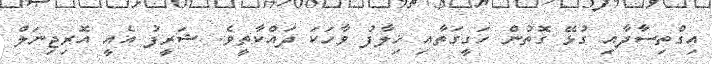
އިގްތިސާދާއި ގުޅޭ ގޮތުން ހަގީގަތާއި ޚިލާފު ވާހަކަ ދައްކާތީވެ. ޝަރީފު އެއީ އޮރިޖިނަލް